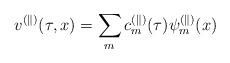
LaTeX: \begin{align*}v^{(\parallel)}(\tau,x)=\sum_m c_m^{(\parallel)}(\tau)\psi_m^{(\parallel)}(x)\end{align*}